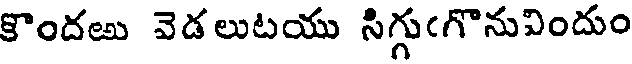
కొందఱు వెడలుటయు సిగ్గుఁగొనువిందుం